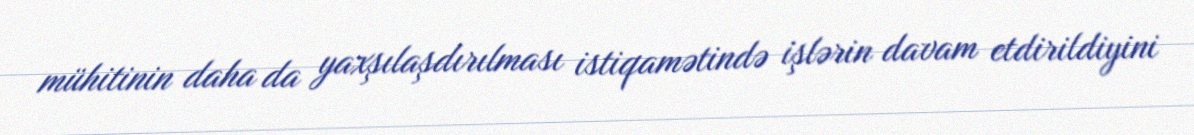
mühitinin daha da yaxşılaşdırılması istiqamətində işlərin davam etdirildiyini